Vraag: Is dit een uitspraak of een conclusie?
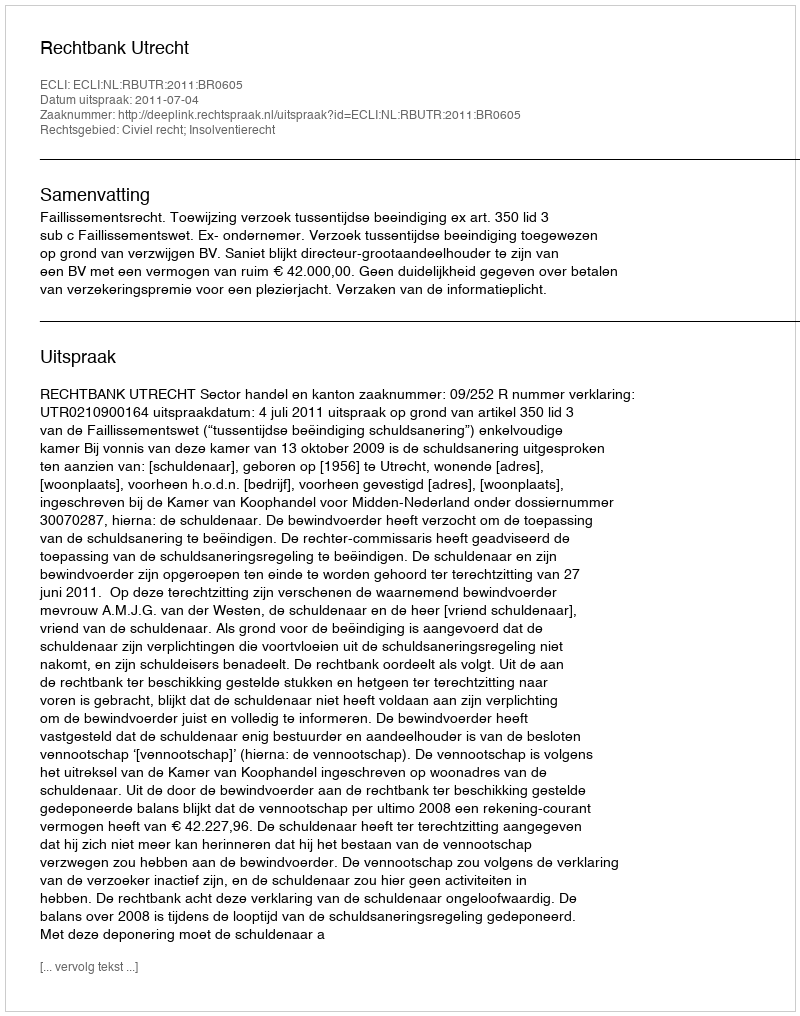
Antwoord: Uitspraak